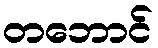
တဘောင်